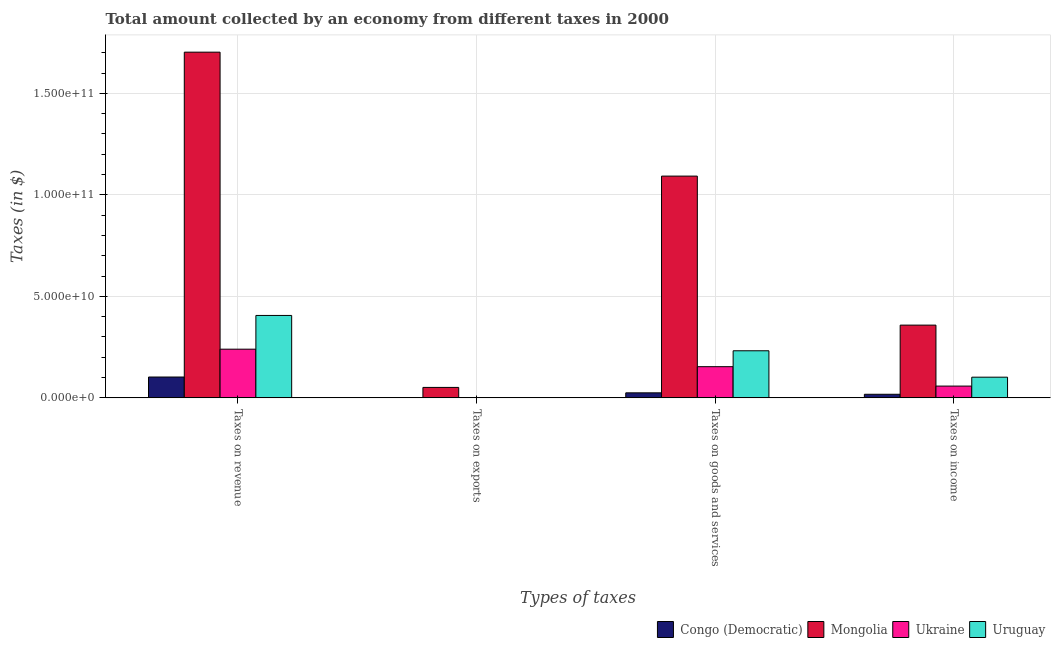
| Types of taxes | Congo (Democratic) | Mongolia | Ukraine | Uruguay |
 | --- | --- | --- | --- | --- |
 | Taxes on revenue | 1.03e+10 | 1.7e+11 | 2.4e+10 | 4.06e+10 |
 | Taxes on exports | 1.15e+08 | 5.15e+09 | 5.6e+06 | 5.6e+07 |
 | Taxes on goods and services | 2.48e+09 | 1.09e+11 | 1.54e+10 | 2.32e+10 |
 | Taxes on income | 1.77e+09 | 3.58e+10 | 5.8e+09 | 1.02e+10 |